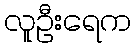
လူဦးရေက